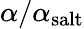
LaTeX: \alpha/\alpha_{\textrm{salt}}